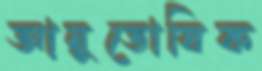
আনুতোষিক